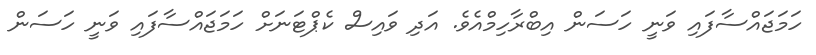
ހަމަޖައްސާފައި ވަނީ ހަސަން އިބްރާހިމްއެވެ. އަދި ވައިސް ކެޕްޓަނަށް ހަމަޖައްސާފައި ވަނީ ހަސަން